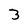
Character: 3